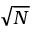
\sqrt { N }